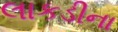
લાકડીના